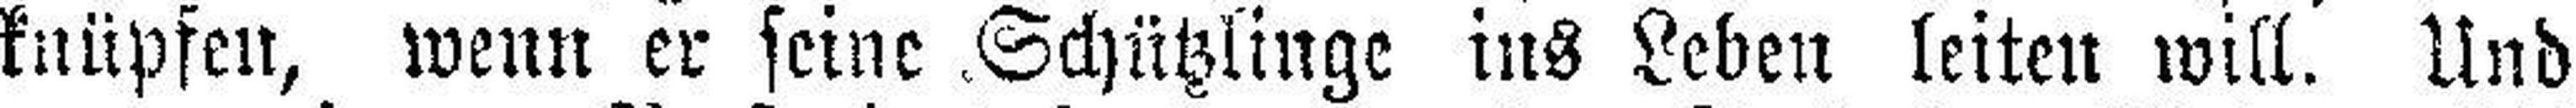
knüpfen, wenn er seine Schützlinge ins Leben leiten will. Und